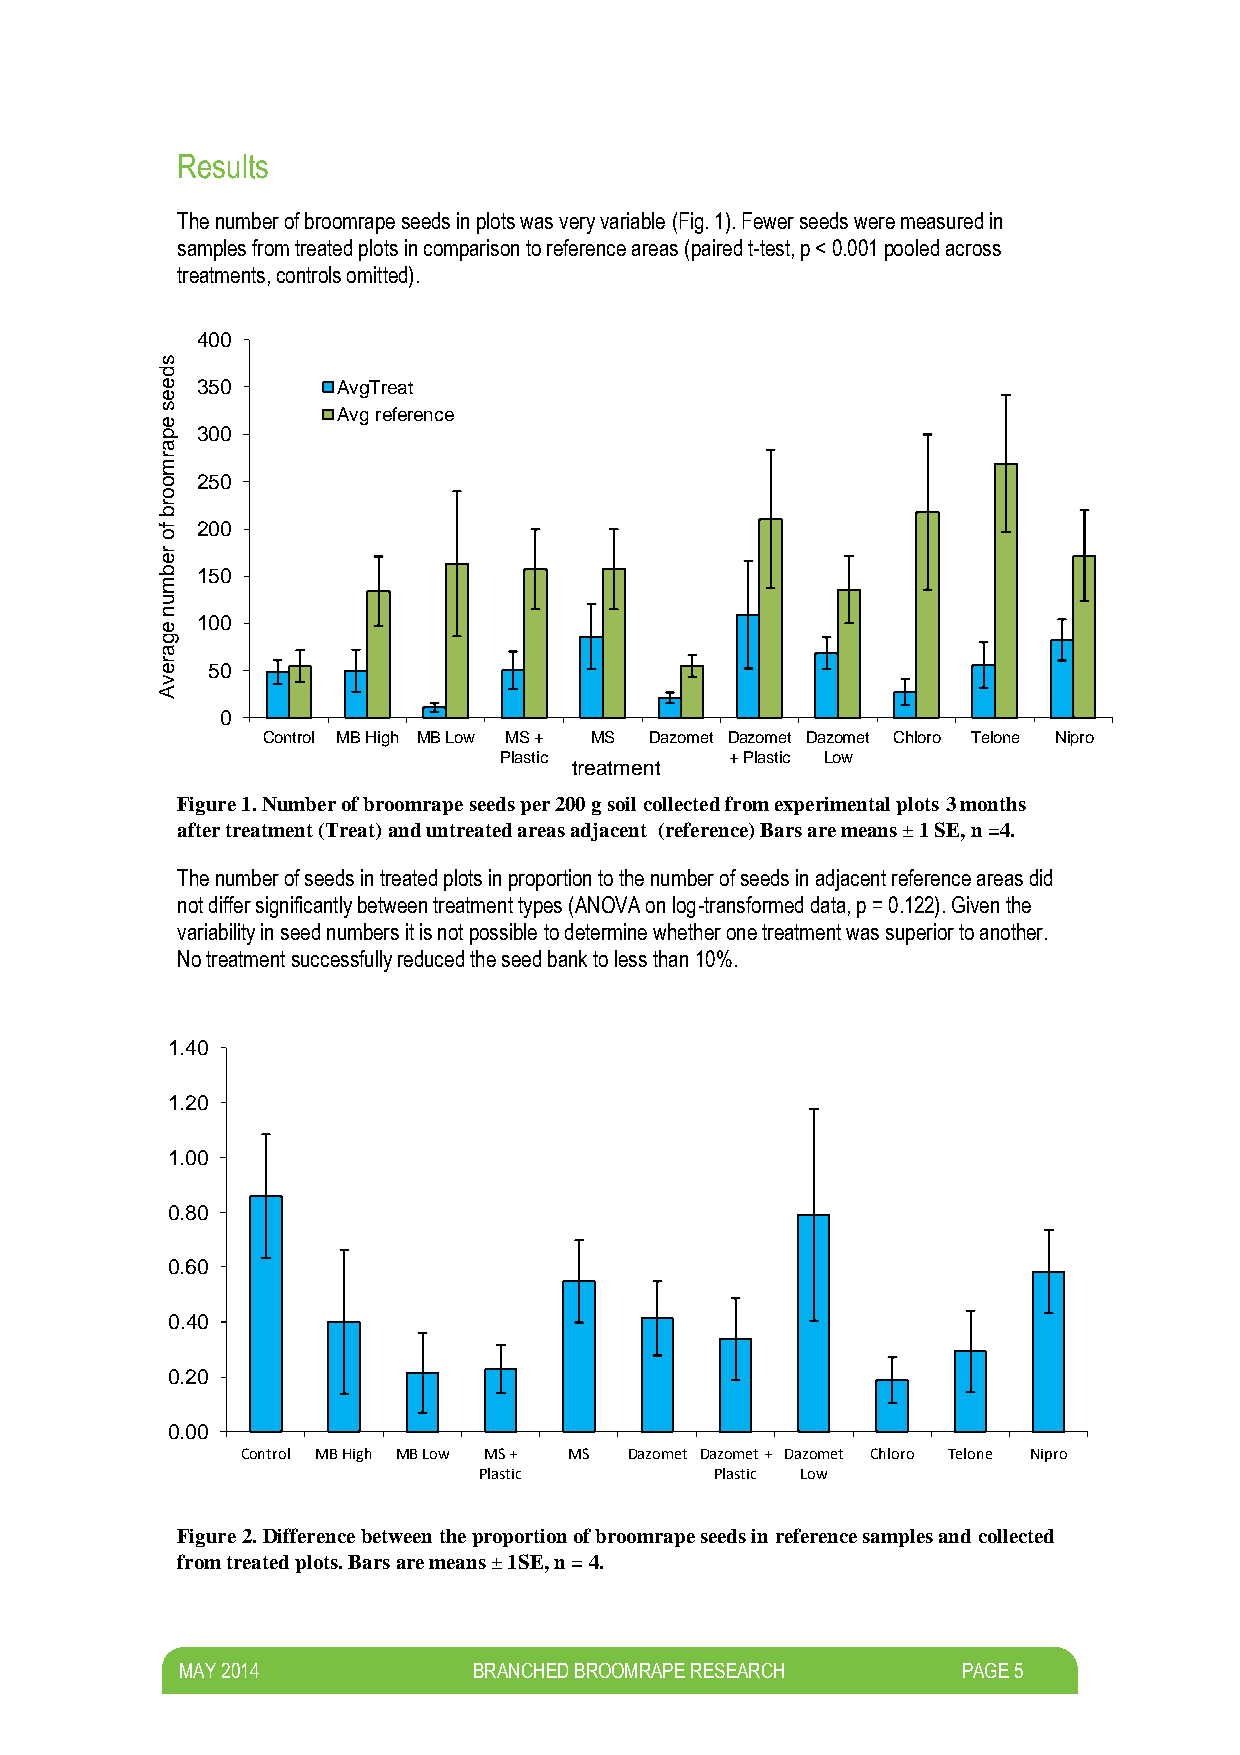
Results
 The number of broomrape seeds in plots was very variable (Fig. 1). Fewer seeds were measured in
 samples from treated plots in comparison to reference areas (paired t-test, p < 0.001 pooled across
 treatments, controls omitted).
 400
 s
 d
 e  350      AvgTreat
 e
 s
 e
 Avg reference
 p  300
 a
 r
 m
 o  250
 o
 r
 b
 fo 200
 r
 e
 b  150
 m
 u
 n
 e
 100
 g
 a
 r e 50
 v
 A
 0
 Control MB High MB Low MS + MS Dazomet Dazomet Dazomet Chloro Telone Nipro
 Plastic        + Plastic Low
 treatment
 Figure 1. Number of broomrape seeds per 200 g soil collected from experimental plots 3 months
 after treatment (Treat) and untreated areas adjacent (reference) Bars are means ± 1 SE, n =4.
 The number of seeds in treated plots in proportion to the number of seeds in adjacent reference areas did
 not differ significantly between treatment types (ANOVA on log-transformed data, p = 0.122). Given the
 variability in seed numbers it is not possible to determine whether one treatment was superior to another.
 No treatment successfully reduced the seed bank to less than 10%.
 1 .40
 1 .20
 1.00
 0.80
 0.60
 0.40
 0.20
 0 .00
 Control MB High MB Low MS + MS Dazomet Dazomet + Dazomet Chloro Telone Nipro
 Plastic        Plastic Low
 Figure 2. Difference between the proportion of broomrape seeds in reference samples and collected
 from treated plots. Bars are means ± 1SE, n = 4.
 M AY 2014          BRANCHED BROOMRAPE RESEARCH      PAGE 5